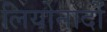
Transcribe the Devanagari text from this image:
लियोनादों